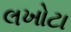
લખોટા